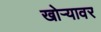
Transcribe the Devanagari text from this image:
खोर्‍यावर